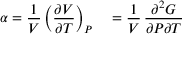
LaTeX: \alpha = { \frac { 1 } { V } } \left( { \frac { \partial V } { \partial T } } \right) _ { P } \quad = { \frac { 1 } { V } } \, { \frac { \partial ^ { 2 } G } { \partial P \partial T } }